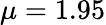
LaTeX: \mu=1.95